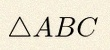
\triangle ABC